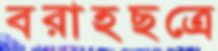
বরাহছত্রে